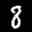
Label: 8